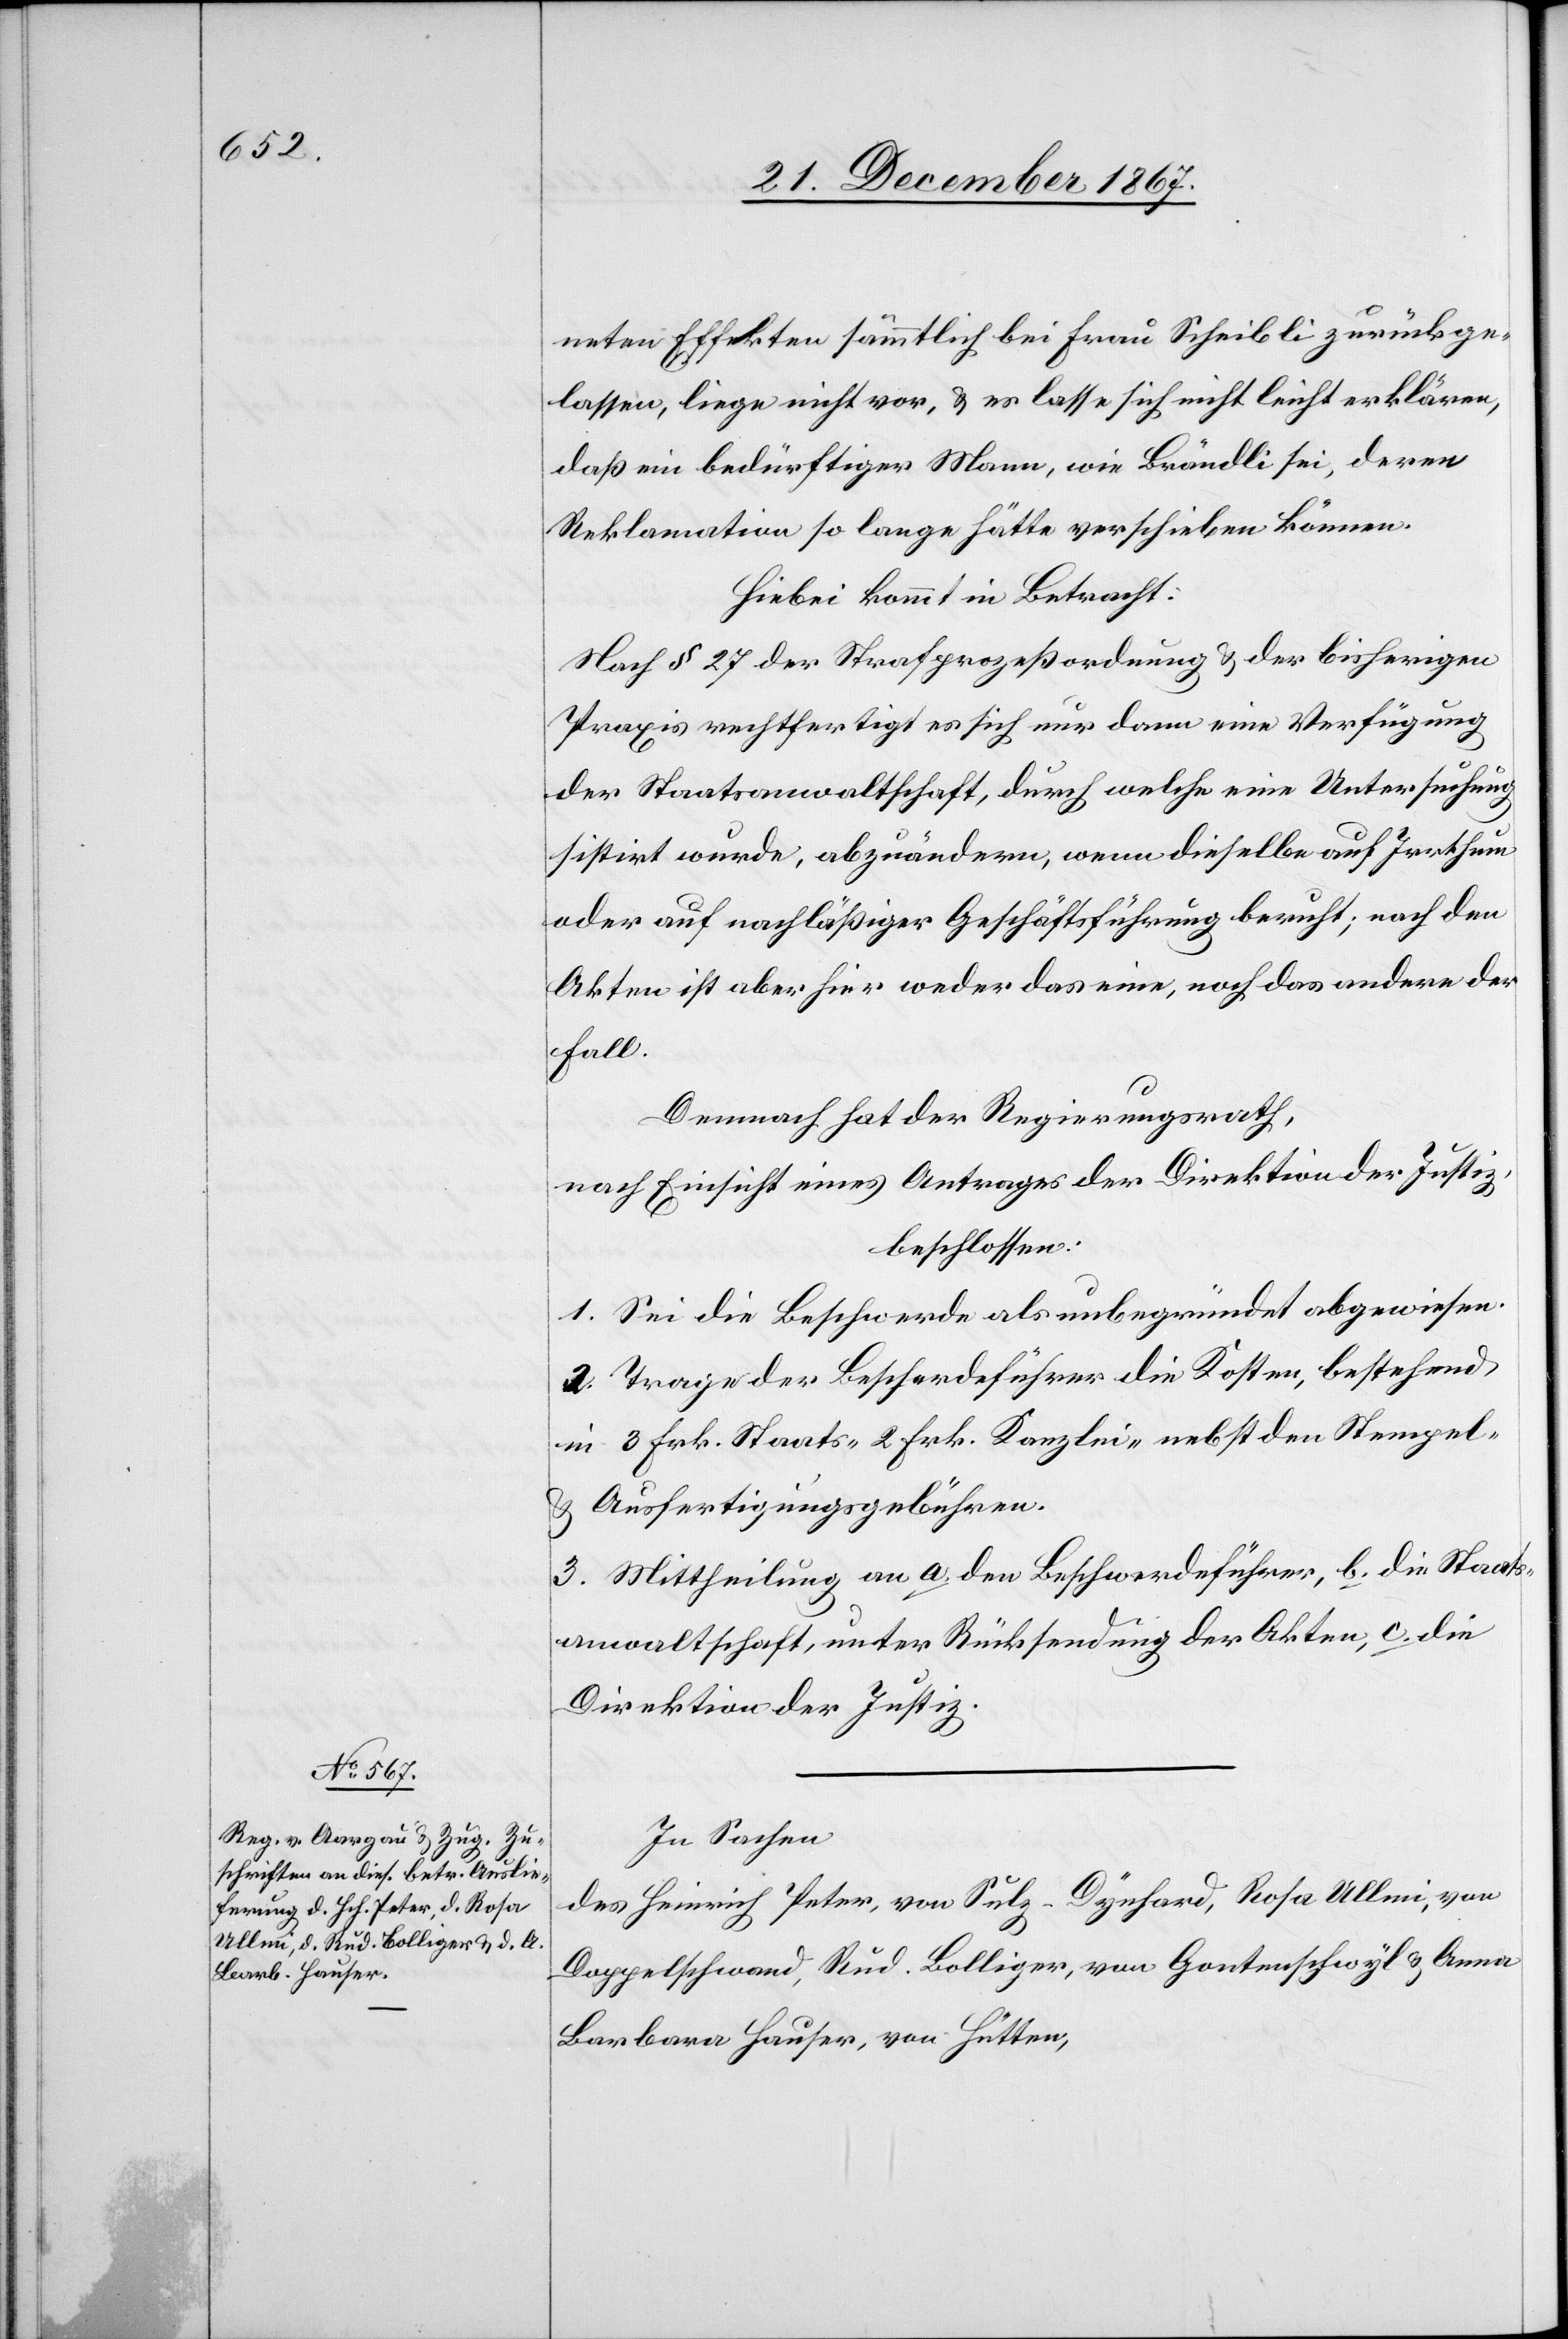
neten Effekten sämmtlich bei Frau Scheibli zurückge¬
lassen, liege nicht vor, u. es lasse sich nicht leicht erklären,
daß ein bedürftiger Mann, wie Brändli sei, deren
Reklamation so lange hätte verschieben können.
Hiebei kommt in Betracht:
Nach § 27 der Strafprozeßordnung u. der bisherigen
Praxis rechtfertigt es sich nur dann eine Verfügung
der Staatsanwaltschaft, durch welche eine Untersuchung
sistirt wurde, abzuändern, wenn dieselbe auf Irrthum
oder auf nachläßiger Geschäftsführung beruht; nach den
Akten ist aber hier weder das eine noch das andere der
Fall.
Demnach hat der Regierungsrath,
nach Einsicht eines Antrages der Direktion der Justiz,
beschlossen:
1. Sei die Beschwerde als unbegründet abgewiesen.
2. Trage der Beschwerdeführer die Kosten, bestehend
in 3 Frk. Staats-[,] 2 Frk. Kanzlei- nebst den Stempel-
u. Ausfertigungsgebühren.
3. Mittheilung an a. den Beschwerdeführer, b. die Staats¬
anwaltschaft, unter Rücksendung der Akten, c. die
Direktion der Justiz.
In Sachen
des Heinrich Peter, von Sulz-Dynhard, Rosa Ullmi, von
Dappelschwand, Rud. Bolliger, von Gantenschwyl u. Anna
Barbara Hauser, von Hütten,